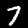
Label: 7